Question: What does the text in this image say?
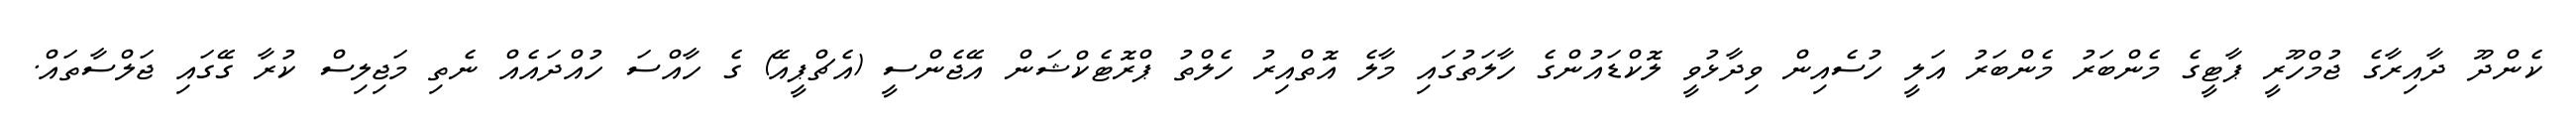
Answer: ކެންދޫ ދާއިރާގެ ޖުމްހޫރީ ޕާޓީގެ މެންބަރު މެންބަރު އަލީ ހުސެއިން ވިދާޅުވީ ލޮކްޑައުންގެ ހާލަތުގައި މާލެ އޮތްއިރު ހެލްތު ޕްރޮޓެކްޝަން އޭޖެންސީ (އެޗްޕީއޭ) ގެ ހާއްސަ ހުއްދައެއް ނެތި މަޖިލިސް ކުރާ ގޭގައި ޖަލްސާތައް.